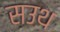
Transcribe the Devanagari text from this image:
सउथ